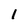
Character: 1